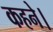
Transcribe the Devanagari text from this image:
कहने।